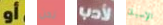
أو نحن لأدب الإسبان